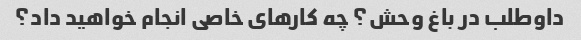
داوطلب در باغ وحش؟ چه کارهای خاصی انجام خواهید داد؟